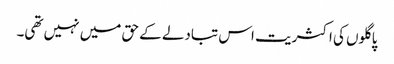
پاگلوں کی اکثریت اس تبادلے کے حق میں نہیں تھی۔